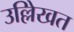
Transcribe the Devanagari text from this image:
उल्लेिखत